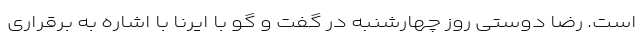
است. رضا دوستی روز چهارشنبه در گفت و گو با ایرنا با اشاره به برقراری